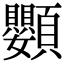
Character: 𩖍